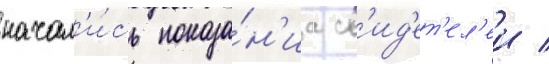
начал'и́сь показа́н'иа св'ид'ет'ел'еи /